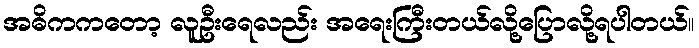
အဓိကကတော့ လူဦးရေလည်း အရေးကြီးတယ်လို့ပြောလို့ရပါတယ်။